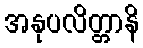
အနုပလိတ္တာနိ